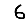
Digit: 6